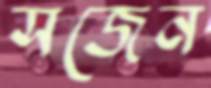
সজেন